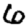
Digit: 6